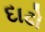
દાઢો